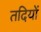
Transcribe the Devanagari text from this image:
तदियों